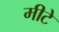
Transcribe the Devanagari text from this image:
मीटे